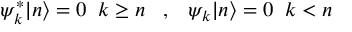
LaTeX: \psi _ { k } ^ { \ast } | n \rangle = 0 \; \; k \geq n \; \; \; , \; \; \; \psi _ { k } | n \rangle = 0 \; \; k < n